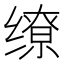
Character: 缭